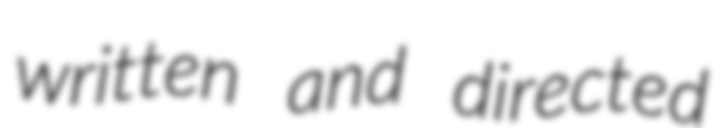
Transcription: written and directed